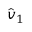
\hat { v } _ { 1 }